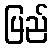
ပြည်